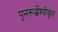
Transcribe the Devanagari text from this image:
पुनरूर्द्धेश्यीकृत